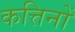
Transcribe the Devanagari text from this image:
कत्तिनों